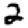
Digit: 2